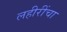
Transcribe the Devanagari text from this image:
लहीरींचा